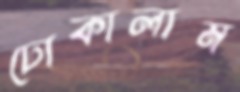
ঢোকালাম